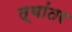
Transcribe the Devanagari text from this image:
त्यांतर